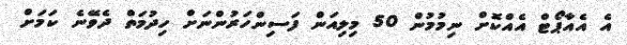
އެ އެއާޕޯޓް އެއްކޮށް ނިމުމުން 50 މިލިއަން ފަސިންހަރުންނަށް ހިދުމަތް ދެވޭނެ ކަމަށް